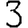
Digit: 3